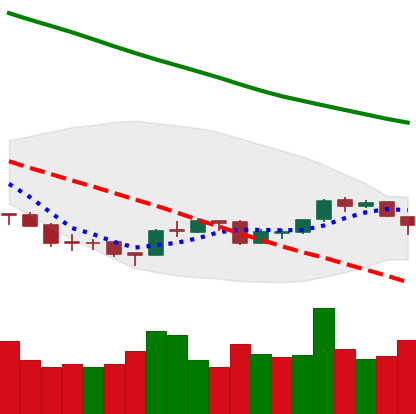
Ticker: ETH-USD
Chart end date: 2018-09-25
Forward return: 6.564%
Label: up_5_7